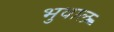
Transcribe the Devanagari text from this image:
भुवाल